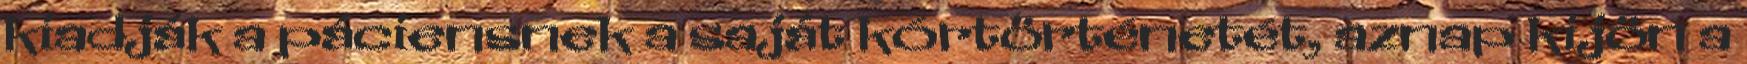
kiadják a páciensnek a saját kórtörténetét, aznap kijön a